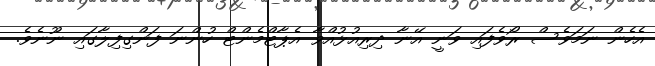
އެހެން ނަމަވެސް ރޯވެފައި ވަނީ އޭނާ ދިރިއުޅުއްވާ އެޕާޓްމެންޓް ހުންނަ ފަންގިފިލާގައި ނޫނެވެ.